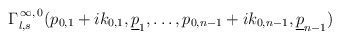
\begin{align*}\Gamma_{l,s}^{\,\infty,\,0}(p_{0,1}+ik_{0,1},\underline{p}_{1},\ldots,p_{0,n-1}+ik_{0,n-1},\underline{p}_{n-1})\end{align*}